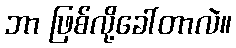
ဘာ ဖြစ်လို့ခေါ်တာလဲ။